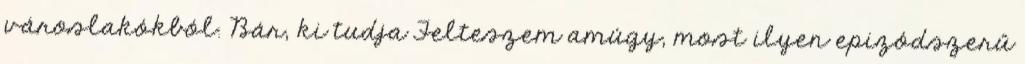
városlakókból. Bár, ki tudja Felteszem amúgy, most ilyen epizódszerű